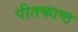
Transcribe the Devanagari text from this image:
पीतकाष्ठ